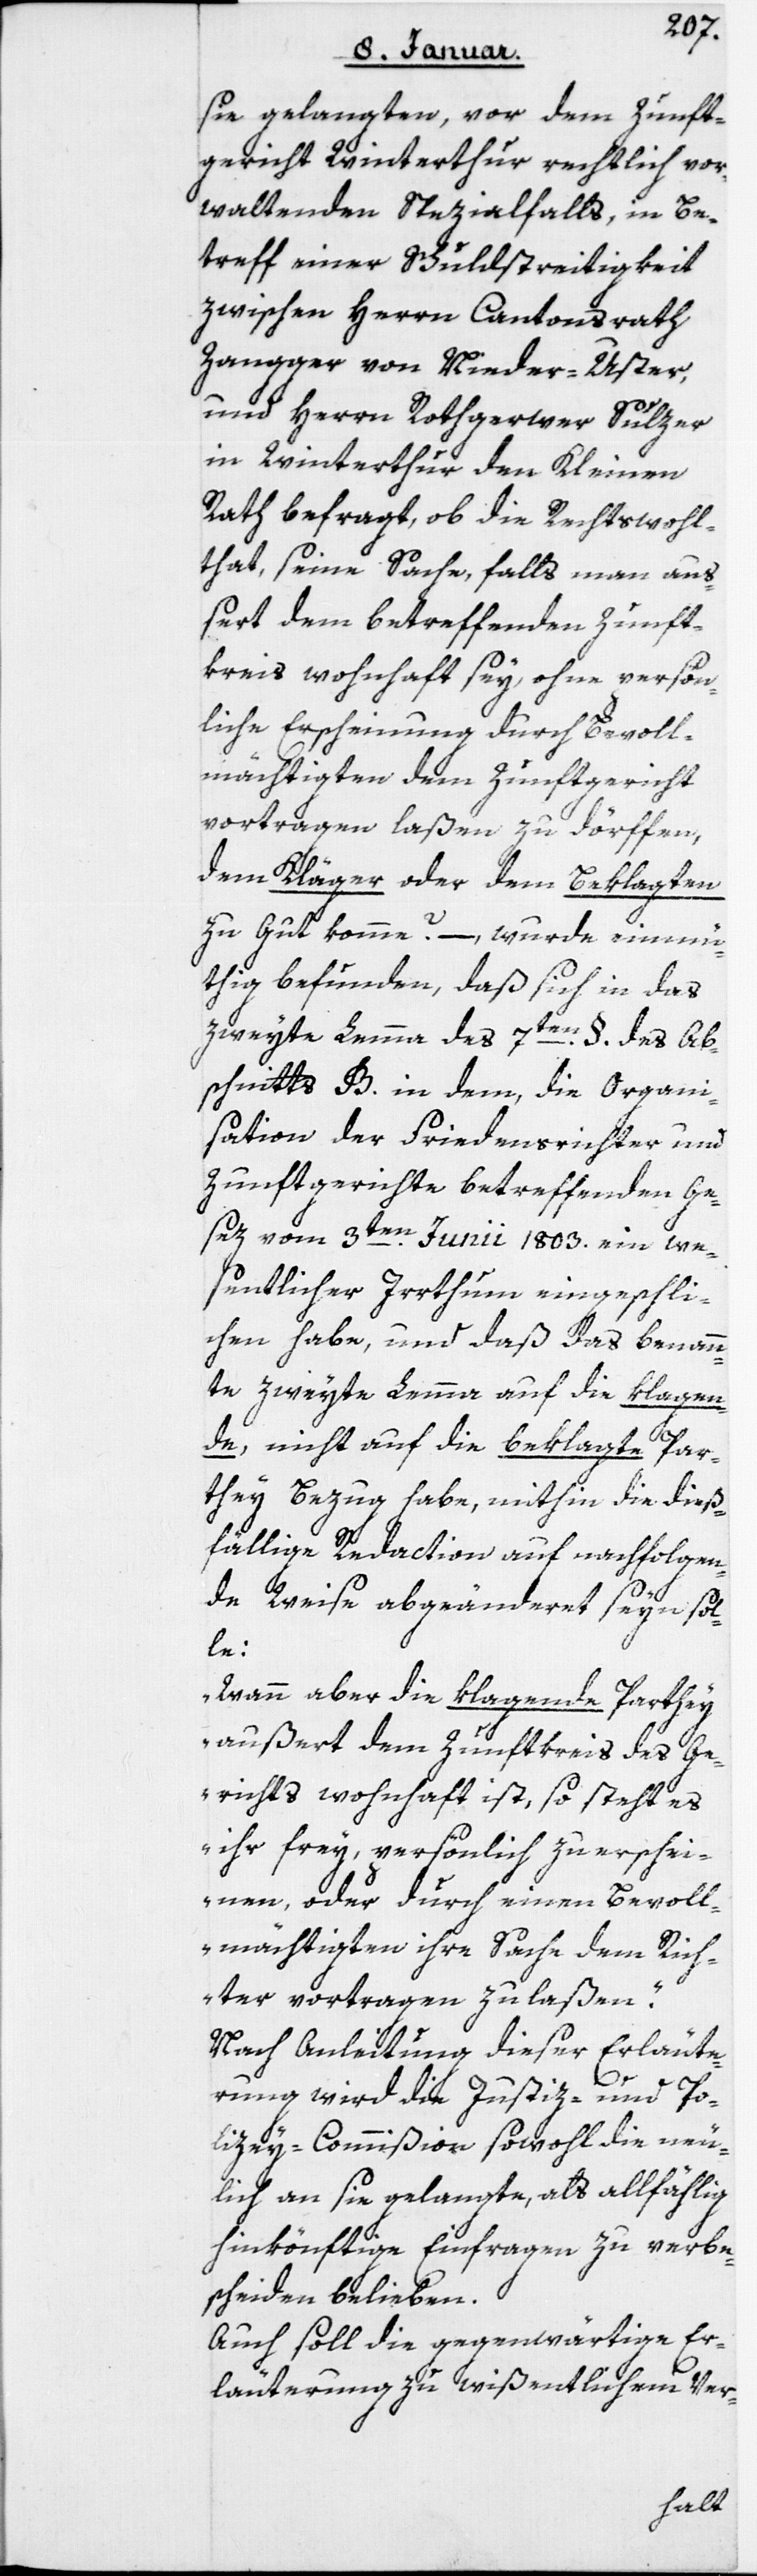
sie gelangten, vor dem Zunft¬
gericht Winterthur rechtlich vor¬
waltenden Spezialfalls, in Be¬
treff einer Schuldstreitigkeit
zwischen Herrn Cantonsrath
Zangger von Niederuster
und Herrn Rothgerwer Sulzer
in Winterthur, den Kleinen
Rath befragt, ob die Rechtswohl¬
that, seine Sache, falls man auß¬
ert dem betreffenden Zunft¬
kreis wohnhaft sey, ohne persön¬
liche Erscheinung durch Bevoll¬
mächtigten dem Zunftgericht
vortragen laßen zu dörfen,
dem Kläger oder dem Beklagten
zugut komme? – wurde einmü¬
thig befunden, daß sich in das
zweyte Lemma des 7ten § des Ab¬
schnitts B in dem, die Organi¬
sation der Friedensrichter und
Zunftgerichte betreffenden Ge¬
sez vom 3ten Junii 1803 ein we¬
sentlicher Irrthum eingeschli¬
chen habe, und daß das benann¬
te zweyte Lemma auf die klagen¬
de, nicht auf die beklagte Par¬
they Bezug habe, mithin die dieß¬
fällige Redaction auf nachfolgen¬
de Weise abgeänderet seyn sol¬
le:
„Wann aber die klagende Parthey
außert dem Zunftkreis des Ge¬
richts wohnhaft ist, so steht es
ihr frey, persönlich zu erschei¬
nen oder durch einen Bevoll¬
mächtigten ihre Sache dem Rich¬
ter vortragen zu laßen.“
Nach Anleitung dieser Erläute¬
rung wird die Justiz- und Po¬
lizey-Commißion sowohl die neu¬
lich an sie gelangte, als allfählig
hinkönftige Einfragen zu verbe¬
scheiden belieben.
Auch soll die gegenwärtige Er¬
läuterung zu wißentlichem Ver-